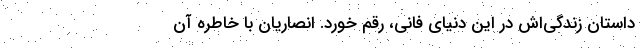
داستان زندگی‌اش در این دنیای فانی، رقم خورد. انصاریان با خاطره آن